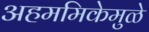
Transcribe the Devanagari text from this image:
अहममिकेमुळे